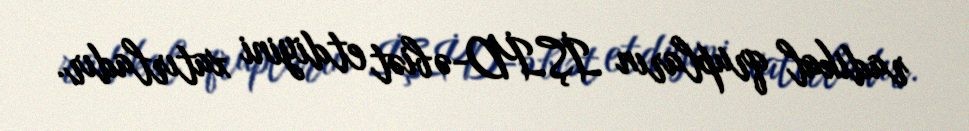
radikal qrupların İŞİD-ə biət etdiyini xatırladır.